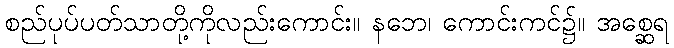
စည်ပုပ်ပတ်သာတို့ကိုလည်းကောင်း။ နဘေ၊ ကောင်းကင်၌။ အစ္ဆေရ